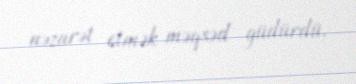
nəzarət etmək məqsəd güdürdü.